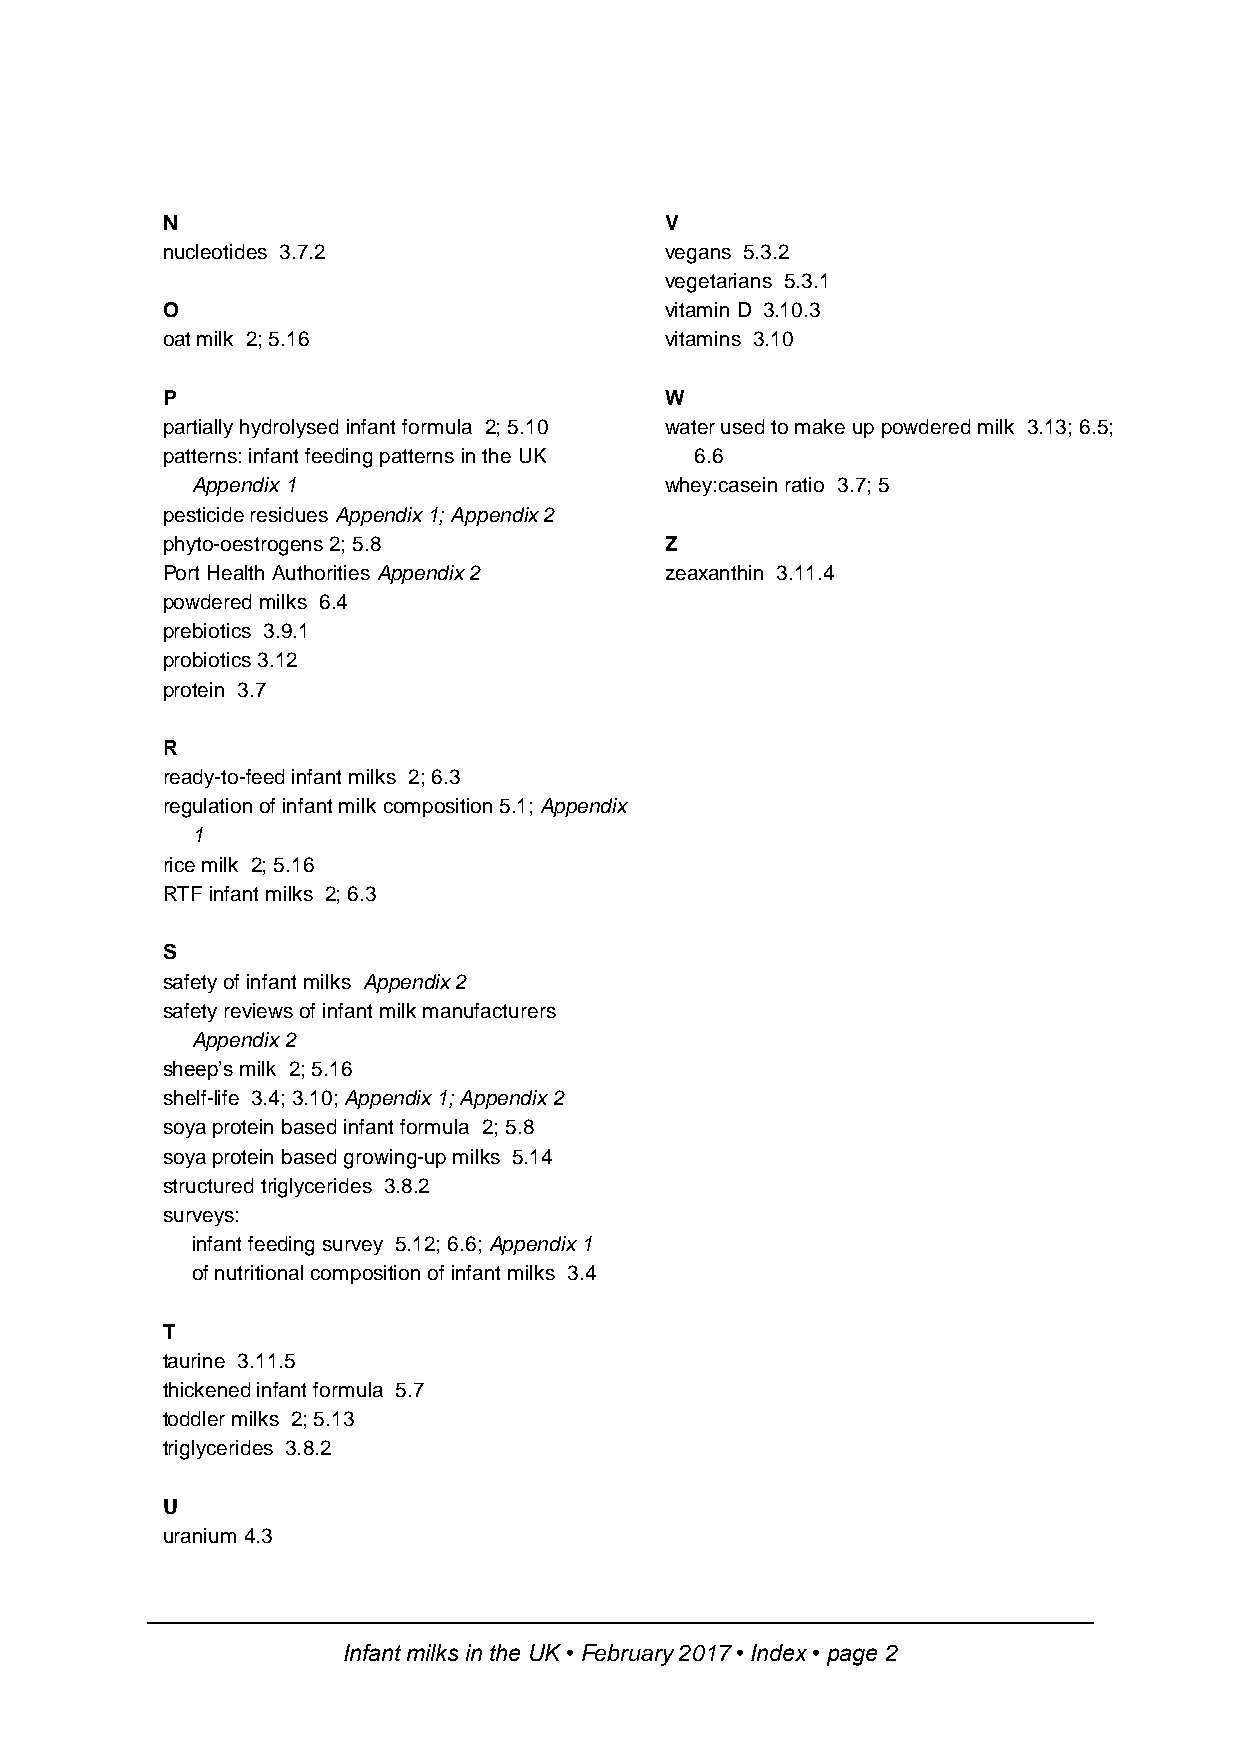
N                                V
 nucleotides 3.7.2                vegans 5.3.2
 vegetarians 5.3.1
 O                                vitamin D 3.10.3
 oat milk 2; 5.16                 vitamins 3.10
 P                                W
 partially hydrolysed infant formula 2; 5.10 water used to make up powdered milk 3.13; 6.5;
 patterns: infant feeding patterns in the UK 6.6
 Appendix 1                     whey:casein ratio 3.7; 5
 pesticide residues Appendix 1; Appendix 2
 phyto-oestrogens 2; 5.8          Z
 Port Health Authorities Appendix 2 zeaxanthin 3.11.4
 powdered milks 6.4
 prebiotics 3.9.1
 probiotics 3.12
 protein 3.7
 R
 ready-to-feed infant milks 2; 6.3
 regulation of infant milk composition 5.1; Appendix
 1
 rice milk 2; 5.16
 RTF infant milks 2; 6.3
 S
 safety of infant milks Appendix 2
 safety reviews of infant milk manufacturers
 Appendix 2
 sheep’s milk 2; 5.16
 shelf-life 3.4; 3.10; Appendix 1; Appendix 2
 soya protein based infant formula 2; 5.8
 soya protein based growing-up milks 5.14
 structured triglycerides 3.8.2
 surveys:
 infant feeding survey 5.12; 6.6; Appendix 1
 of nutritional composition of infant milks 3.4
 T
 taurine 3.11.5
 thickened infant formula 5.7
 toddler milks 2; 5.13
 triglycerides 3.8.2
 U
 uranium 4.3
 Infant milks in the UK • February 2017 • Index • page 2